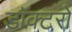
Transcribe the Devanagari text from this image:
डॉक्‍टरो